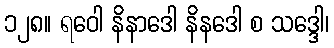
၁၂၈။ ရဝေါ နိနာဒေါ နိနဒေါ စ သဒ္ဒေါ၊